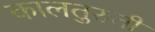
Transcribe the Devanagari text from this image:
कालतुरुती